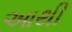
આથી